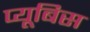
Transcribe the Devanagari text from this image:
प्यूबिस